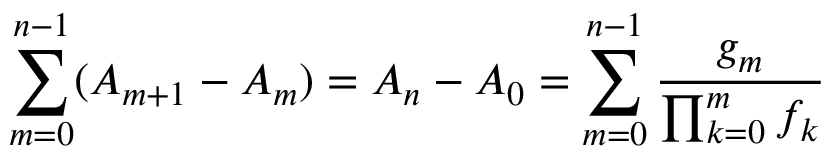
\sum _ { m = 0 } ^ { n - 1 } ( A _ { m + 1 } - A _ { m } ) = A _ { n } - A _ { 0 } = \sum _ { m = 0 } ^ { n - 1 } { \frac { g _ { m } } { \prod _ { k = 0 } ^ { m } f _ { k } } }